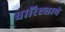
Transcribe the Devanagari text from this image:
धारिष्ट्याचे